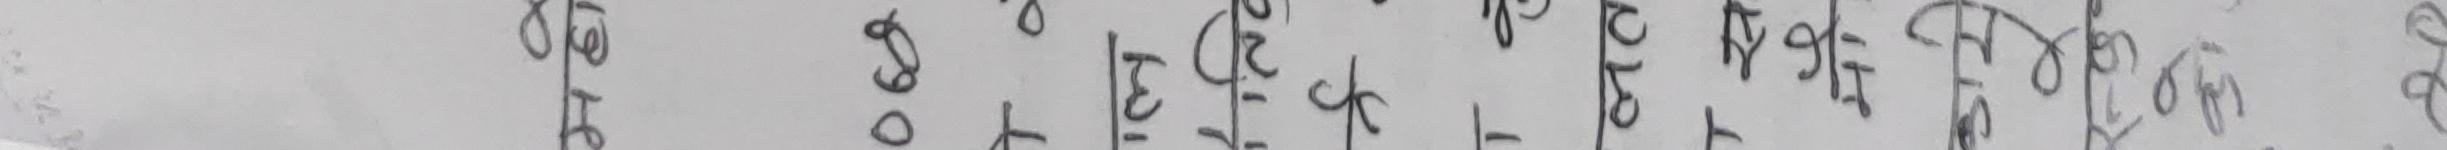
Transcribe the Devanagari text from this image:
छैटौ०| ८३।१६